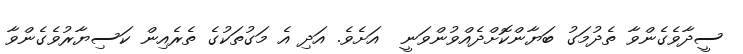
ސީދާވެގެންވާ ތެދުމަގު ބަޔާންކޮށްދެއްވުންވަނީ  އަށެވެ. އަދި އެ މަގުތަކުގެ ތެރެއިން ކަސިޔާރުވެގެންވާ